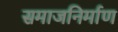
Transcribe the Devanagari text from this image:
समाजनिर्माण